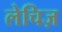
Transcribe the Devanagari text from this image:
लेचिज़